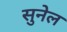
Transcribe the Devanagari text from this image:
सुनेल